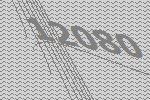
12080